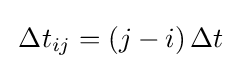
\,\Delta t_{ij}=(j-i)\,\Delta t